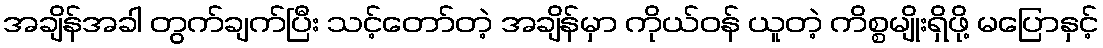
အချိန်အခါ တွက်ချက်ပြီး သင့်တော်တဲ့ အချိန်မှာ ကိုယ်ဝန် ယူတဲ့ ကိစ္စမျိုးရှိဖို့ မပြောနှင့်